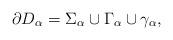
LaTeX: \begin{align*}\partial D_{\alpha}=\Sigma_{\alpha}\cup \Gamma_{\alpha}\cup \gamma_{\alpha},\end{align*}